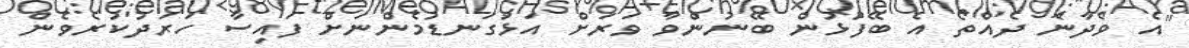
"އެ ވެދާނެ ދެއްތޯ އެ ބޭފުޅުން ބޭނުންވާ ވަރަށް އަޅުގަނޑުމެންނަށް ފައިސާ ހަރަދުކުރެވެން